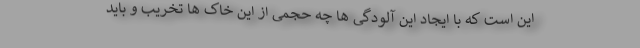
این است که با ایجاد این آلودگی ها چه حجمی از این خاک ها تخریب و باید